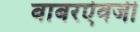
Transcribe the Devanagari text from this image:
बाबरऐवजी